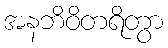
အနဘိဝိတရိတွာ